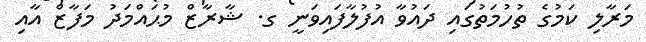
މަރާލި ކަމުގެ ތުހުމަތުގައި ދައުވާ އުފުލާފައިވަނީ ގ. ޝާރާޒް މުޙައްމަދު މަފާޒް އާއި